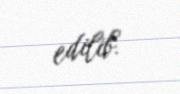
edilib.